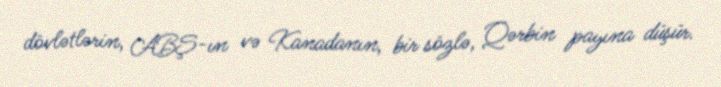
dövlətlərin, ABŞ-ın və Kanadanın, bir sözlə, Qərbin payına düşür.